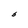
Character: S